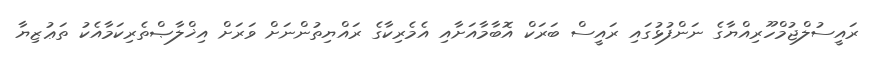
ރައީސުލްޖުމްހޫރިއްޔާގެ ނަންފުޅުގައި ރައީސް ބަރަކް އޮބާމާއަށާއި އެމެރިކާގެ ރައްޔިތުންނަށް ވަރަށް އިޚްލާޞްތެރިކަމާއެކު ތަޢުޒިޔާ